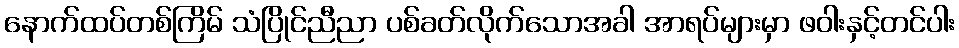
နောက်ထပ်တစ်ကြိမ် သံပြိုင်ညီညာ ပစ်ခတ်လိုက်သောအခါ အာရပ်များမှာ ဖဝါးနှင့်တင်ပါး